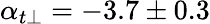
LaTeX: \alpha_{t\perp}=-3.7\pm 0.3